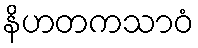
နိဟတကသာဝံ